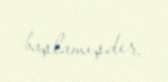
başlamışdır.